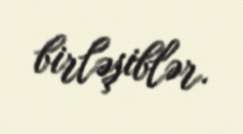
birləşiblər.